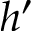
h ^ { \prime }